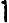
1